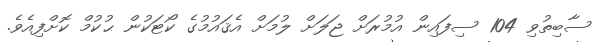
ސާބިތުވި 104 ސިފައިން އުމުރަށް ޖަލަށް ލުމަށް އެޤައުމުގެ ކޯޓަކުން ޙުކުމް ކޮށްފިއެވެ.